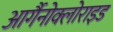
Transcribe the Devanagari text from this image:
आर्गैनोक्लोराइड